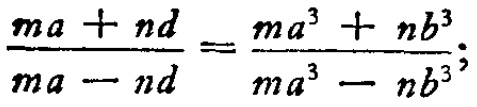
$\frac{ma + nd}{ma - nd}=\frac{ma^{3}+nb^{3}}{ma^{3}-nb^{3}};$